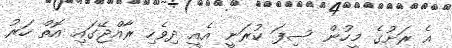
އެ ރަށުގެ މީހުން ސިފަ ކުރަނީ އެއީ ދިވެހި ރާއްޖޭގައި އޮތް ހަރު